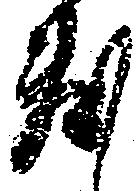
敷